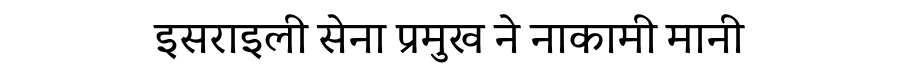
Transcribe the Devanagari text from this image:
इसराइली सेना प्रमुख ने नाकामी मानी